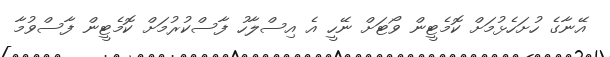
އޭނާގެ ހުށަހެޅުމަށް ކޮމެޓީން ވޯޓަށް ނޭހީ އެ އިސްލާހު ފާސްކުރުމަށް ކޮމެޓީން ފާސްވުމާ